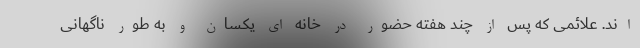
اند. علائمی که پس از چند هفته حضور در خانه ای یکسان و به طور ناگهانی